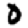
Digit: 0